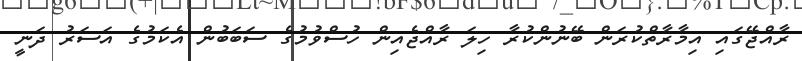
ރާއްޖޭގައި އިމާރާތްކުރަން ބޭނުންކުރާ ހިލަ ރާއްޖެއިން ހުސްވުމުގެ ސަބަބުން އެކަމުގެ އަސަރު ދަނީ